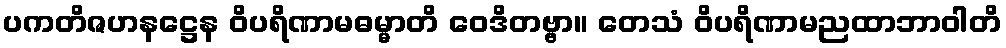
ပကတိဇဟနဋ္ဌေန ဝိပရိဏာမဓမ္မာတိ ဝေဒိတဗ္ဗာ။ တေသံ ဝိပရိဏာမညထာဘာဝါတိ